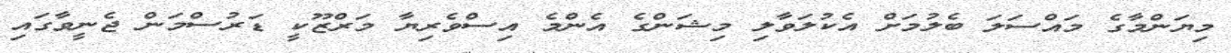
މިޔަންމާގެ މައްސަލަ ބެލުމަށް އެކުލަވާލި މިޝަންގެ އެންމެ އިސްވެރިޔާ މަރްޒޫކީ ޑަރުސްމަން ޖެނީވާގައި